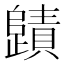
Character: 𭭻